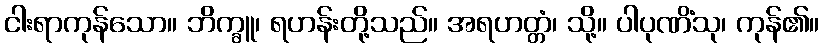
ငါးရာကုန်သော။ ဘိက္ခူ၊ ရဟန်းတို့သည်။ အရဟတ္တံ၊ သို့။ ပါပုဏိံသု၊ ကုန်၏။